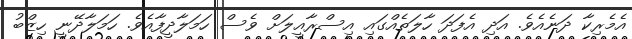
އެމެރިކާ ދަނެއެވެ. އަދި އެފަދަ ހާލަތެއްގައި އިސްރާއީލަށް ވެސް ހަމަލާދީފާއެވެ. ހަމަލާދޭނީ ހިޒްބު